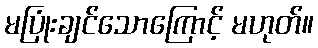
မပြုံးချင်သောကြောင့် မဟုတ်။